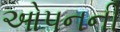
ઓપનની